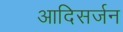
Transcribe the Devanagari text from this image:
आदिसर्जन